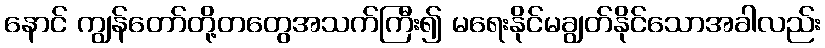
နောင် ကျွန်တော်တို့တတွေအသက်ကြီး၍ မရေးနိုင်မချွတ်နိုင်သောအခါလည်း